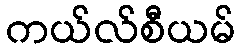
ကယ်လ်စီယမ်